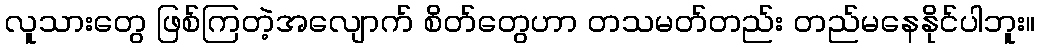
လူသားတွေ ဖြစ်ကြတဲ့အလျောက် စိတ်တွေဟာ တသမတ်တည်း တည်မနေနိုင်ပါဘူး။